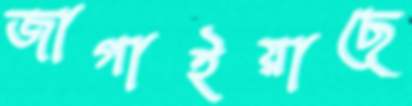
জাগাইয়াছে